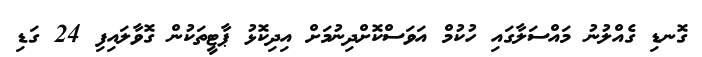
ގޮނޑި ގެއްލުނު މައްސަލާގައި ހުކުމް އަވަސްކޮށްދިނުމަށް އިދިކޮޅު ޕާޓީތަކުން ގޮވާލައިފި 24 ގަޑި